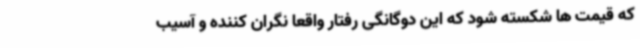
که قیمت ها شکسته شود که این دوگانگی رفتار واقعا نگران کننده و آسیب